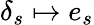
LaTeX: \delta_{s}\mapsto e_{s}